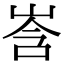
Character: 㟔